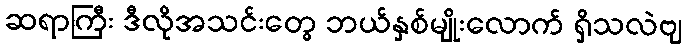
ဆရာကြီး ဒီလိုအသင်းတွေ ဘယ်နှစ်မျိုးလောက် ရှိသလဲဗျ